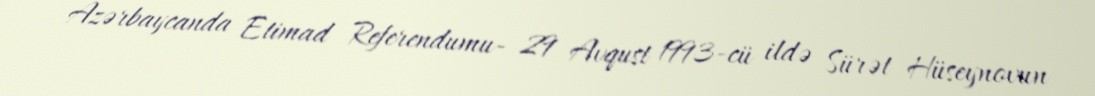
Azərbaycanda Etimad Referendumu- 29 Avqust 1993-cü ildə Sürət Hüseynovun